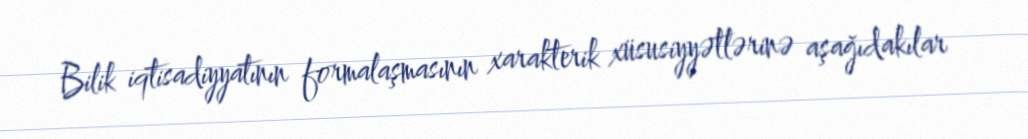
Bilik iqtisadiyyatının formalaşmasının xarakterik xüsusiyyətlərinə aşağıdakılar